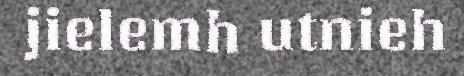
jielemh utnieh